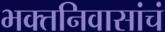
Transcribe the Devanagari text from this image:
भक्तनिवासांचं